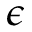
\epsilon